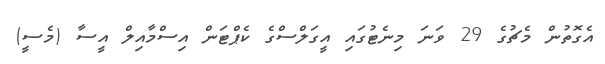
އެގޮތުން މެޗުގެ 29 ވަނަ މިނެޓުގައި އީގަލްސްގެ ކެޕްޓަން އިސްމާއިލް އީސާ (މެސީ)